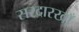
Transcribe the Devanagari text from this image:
सरदारखाँ